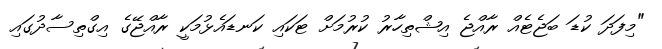
"މިފަދަ ކުޑަ ބަޖެޓެއް ރާއްޖެ އިޝްތިހާރު ކުރުމަށް ޓަކައި ކަނޑައެޅުމަކީ ރާއްޖޭގެ އިގްތިސާދުގައި